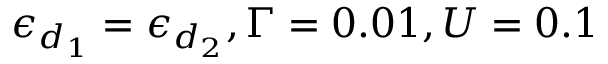
\epsilon _ { d _ { 1 } } = \epsilon _ { d _ { 2 } } , \Gamma = 0 . 0 1 , U = 0 . 1